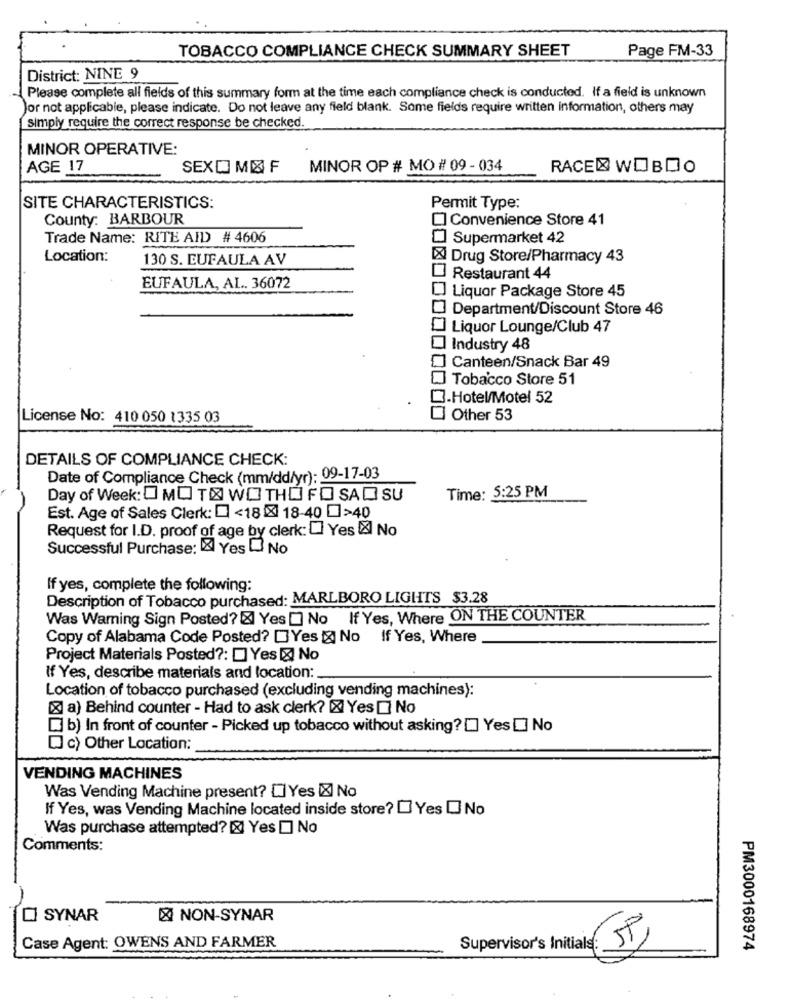
TOBACCO COMPLIANCE CHECK SUMMARY SHEET
Page FM-33
District: NINE 9
Please complete all fields of this summary form at the time each compliance check is conducted. If a field is unknown
Jor not applicable, please indicate. Do not leave any field blank. Some fields require written information, others may
simply require the correct response be checked.
MINOR OPERATIVE:
AGE 17
SEXO MIX F
MINOR OP # MO # 09 - 034
RACE WOBDO
SITE CHARACTERISTICS:
Permit Type:
County: BARBOUR
Convenience Store 41
Trade Name: RITE AID # 4606
Supermarket 42
Location:
130 S. EUFAULA AV
X Drug Store/Pharmacy 43
Restaurant 44
EUFAULA, AL. 36072
Liquor Package Store 45
Department/Discount Store 46
Liquor Lounge/Club 47
I Industry 48
Canteen/Snack Bar 49
Tobacco Store 51
3.Hotel/Motel 52
License No: 410 050 1335 03
Other 53
DETAILS OF COMPLIANCE CHECK:
Date of Compliance Check (mm/dd/yr): 09-17-03
Day of Week: O MO TOO WO THD FO SAD SU
Time: 5:25 PM
Est. Age of Sales Clerk: [ <18x 18-40 >40
Request for I.D. proof of age by clerk: [] Yes X No
Successful Purchase: " Yes No
If yes, complete the following:
Description of Tobacco purchased: MARLBORO LIGHTS $3.28
Was Warning Sign Posted? & Yes [ No If Yes, Where ON THE COUNTER
Copy of Alabama Code Posted? [Yes X No If Yes, Where
Project Materials Posted ?: [] Yes & No
If Yes, describe materials and location:
Location of tobacco purchased (excluding vending machines):
a) Behind counter - Had to ask clerk? X Yes [ No
3 b) In front of counter - Picked up tobacco without asking? [] Yes [] No
DJ c) Other Location:
VENDING MACHINES
Was Vending Machine present? [Yes IX No
If Yes, was Vending Machine located inside store? [ Yes [ No
Was purchase attempted? [& Yes [] No
Comments:
SYNAR
& NON-SYNAR
Case Agent: OWENS AND FARMER
Supervisor's Initials: SP)
PM3000168974